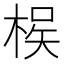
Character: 𭪵